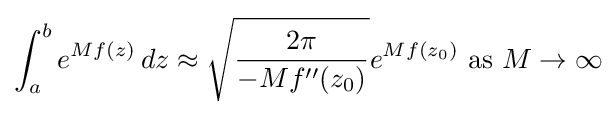
\int _{a}^{b}e^{Mf(z)}\,dz\approx {\sqrt {\frac {2\pi }{-Mf''(z_{0})}}}e^{Mf(z_{0})}{\text{ as }}M\to \infty